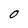
Character: O